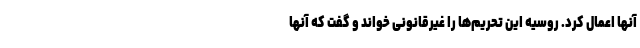
آنها اعمال کرد. روسیه این تحریم‌ها را غیرقانونی خواند و گفت که آنها